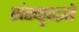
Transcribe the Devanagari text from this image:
संस्कृतज्ञों